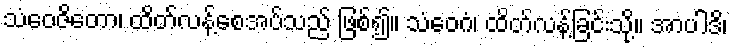
သံဝေဇိတော၊ ထိတ်လန့်စေအပ်သည် ဖြစ်၍။ သံဝေဂံ၊ ထိတ်လန့်ခြင်းသို့။ အာပါဒိ၊